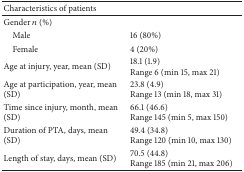
<table><thead><tr><td><b>Characteristics of patients</b></td><td><b> </b></td></tr></thead><tbody><tr><td>Gender <i>n</i> (%)</td><td> </td></tr><tr><td> Male</td><td>16 (80%)</td></tr><tr><td> Female</td><td>4 (20%)</td></tr><tr><td>Age at injury, year, mean (SD)</td><td>18.1 (1.9)Range 6 (min 15, max 21)</td></tr><tr><td>Age at participation, year, mean (SD)</td><td>23.8 (4.9) Range 13 (min 18, max 31)</td></tr><tr><td>Time since injury, month, mean (SD)</td><td>66.1 (46.6)Range 145 (min 5, max 150)</td></tr><tr><td>Duration of PTA, days, mean (SD)</td><td>49.4 (34.8)Range 120 (min 10, max 130)</td></tr><tr><td>Length of stay, days, mean (SD)</td><td>70.5 (44.8)Range 185 (min 21, max 206)</td></tr></tbody></table>